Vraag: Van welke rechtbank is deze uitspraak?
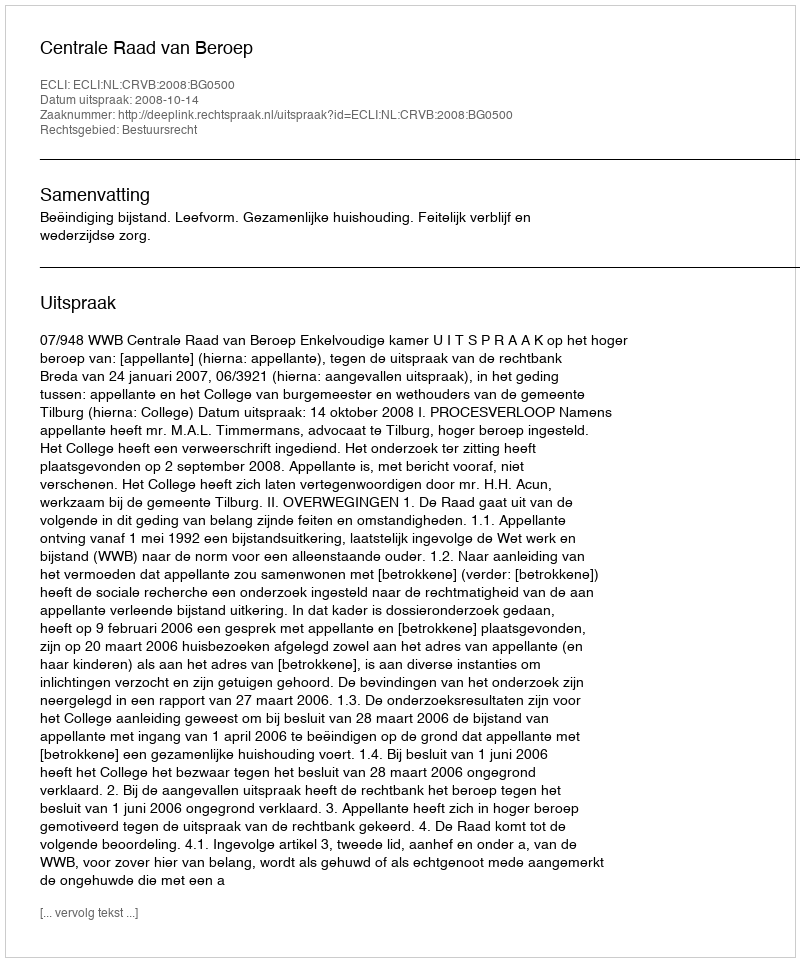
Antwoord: Centrale Raad van Beroep